Civil Veterinary Department Bihar reports 1940-50 - 1940-1950
Year: 1940
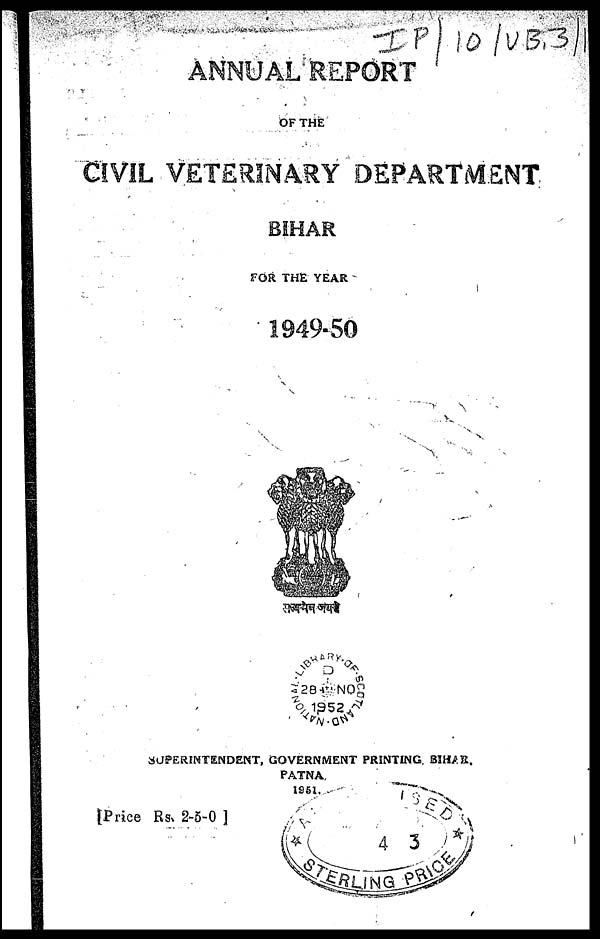
ANNUAL REPORT
OF THE
CIVIL VETERINARY DEPARTMENT
BIHAR
FOR THE YEAR
1949-50
SUPERINTENDENT, GOVERNMENT PRINTING. BIHAR.
PATNA
1951.
[Price Rs, 2-5-0 ]